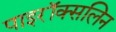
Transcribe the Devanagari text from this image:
पाइरॉक्सलिन